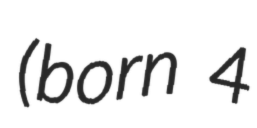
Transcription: (born 4